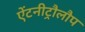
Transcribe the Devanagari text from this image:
ऐंटनीट्रौलौप